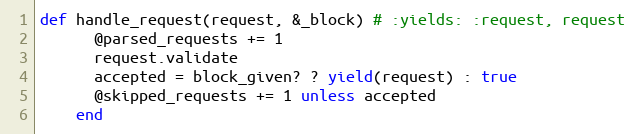
Language: Ruby
def handle_request(request, &_block) # :yields: :request, request
      @parsed_requests += 1
      request.validate
      accepted = block_given? ? yield(request) : true
      @skipped_requests += 1 unless accepted
    end